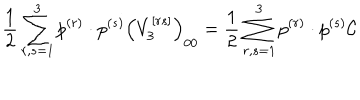
\frac { 1 } { 2 } \sum _ { r , s = 1 } ^ { 3 } p ^ { ( r ) } \cdot p ^ { ( s ) } \left( V _ { 3 } ^ { \left[ r s \right] } \right) _ { 0 0 } = \frac { 1 } { 2 } \sum _ { r , s = 1 } ^ { 3 } p ^ { ( r ) } \cdot p ^ { ( s ) } \mathcal { C }